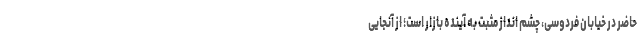
حاضر در خیابان فردوسی، چشم انداز مثبت به آینده بازار است؛ از آنجایی